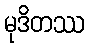
မုဒိတဿ